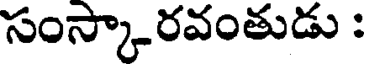
సంస్కారవంతుడు :